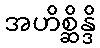
အဟိစ္ဆိန္ဒိ